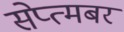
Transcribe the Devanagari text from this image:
सेप्त्मबर